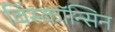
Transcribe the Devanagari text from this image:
विंस्कॉन्सिन